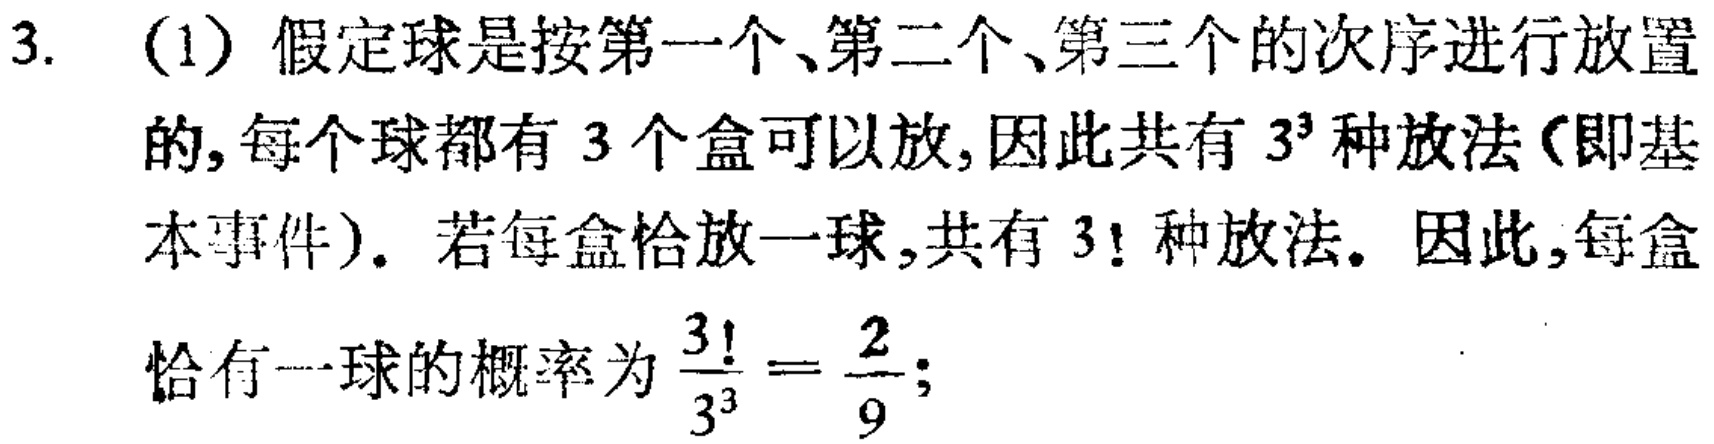
3. (1) 假定球是按第一个、第二个、第三个的次序进行放置的, 每个球都有 3 个盒可以放, 因此共有 \(3^{3}\) 种放法（即基本事件）. 若每盒恰放一球, 共有 \(3!\) 种放法. 因此, 每盒恰有一球的概率为 \(\frac{3!}{3^{3}}=\frac{2}{9}\);